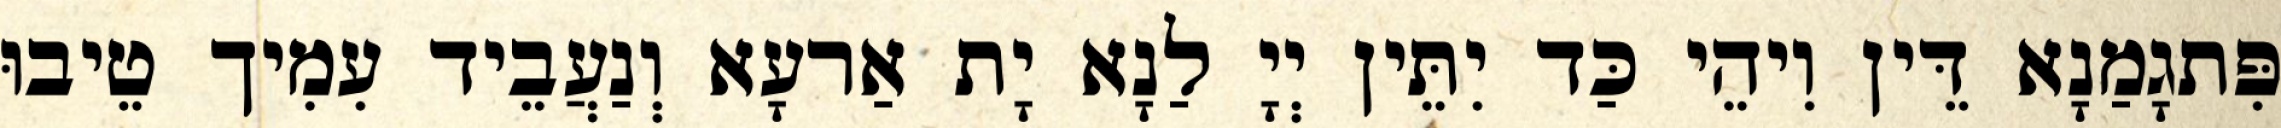
פִּתגָמַנָא דֵּין וִיהֵי כַּד יִתֵּין יְיָ לַנָא יָת אַרעָא וְנַעֲבֵיד עִמִיך טֵיבוּ